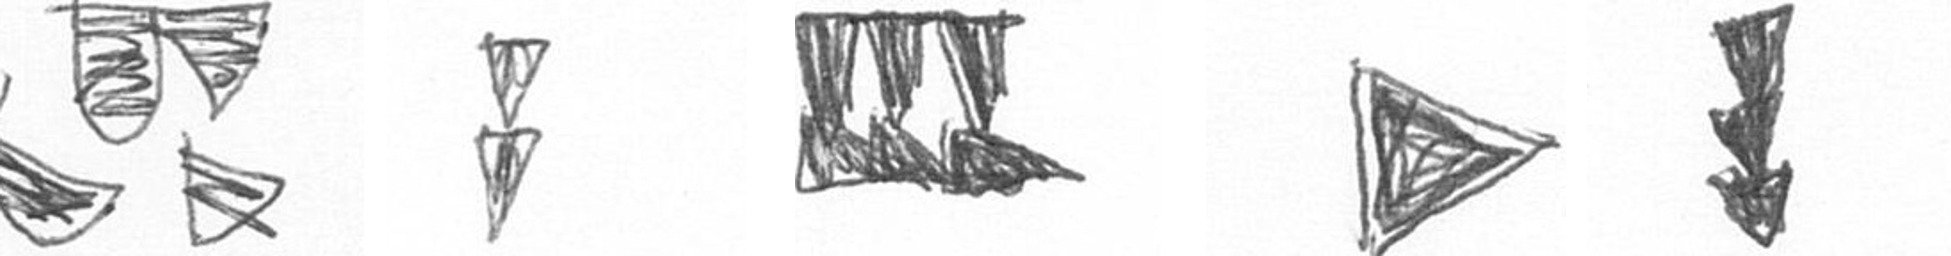
B Z D T E